Source: Handwritten
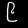
Digit: ၉ (9)